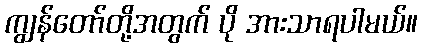
ကျွန်တော်တို့အတွက် ပို အားသာရပါမယ်။